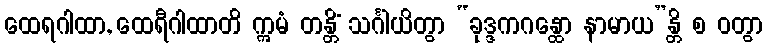
ထေရဂါထာ, ထေရီဂါထာတိ ဣမံ တန္တိံ သင်္ဂါယိတွာ “ခုဒ္ဒကဂန္ထော နာမာယ”န္တိ စ ဝတွာ